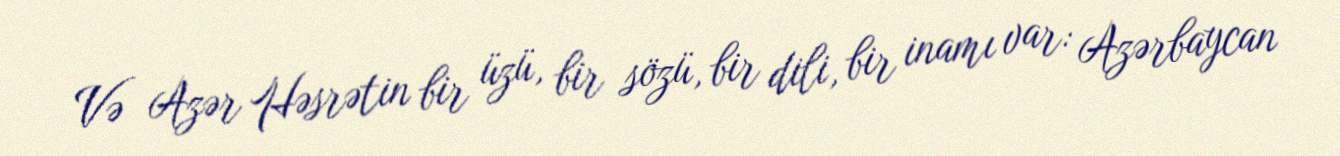
Və Azər Həsrətin bir üzü, bir sözü, bir dili, bir inamı var: Azərbaycan